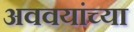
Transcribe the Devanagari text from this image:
अववयांच्या